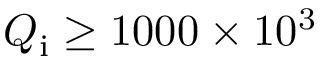
Q _ { \mathrm { i } } \geq 1 0 0 0 \times 1 0 ^ { 3 }